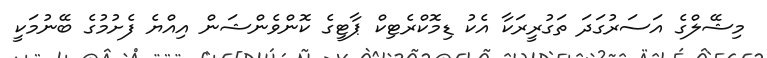
މިޝޭލްގެ އަސަރުގަދަ ތަގުރީރަކާ އެކު ޑިމޮކްރެޓިކް ޕާޓީގެ ކޮންވެންޝަން އިއްޔެ ފެށުމުގެ ބޭނުމަކީ